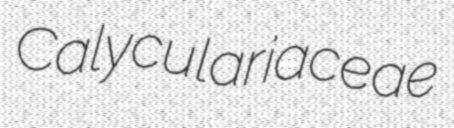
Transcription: Calyculariaceae